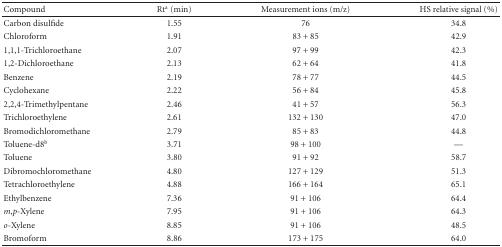
<table><thead><tr><td><b>Compound</b></td><td><b>Rt<sup>a</sup> (min)</b></td><td><b>Measurement ions (m/z)</b></td><td><b>HS relative signal (%)</b></td></tr></thead><tbody><tr><td>Carbon disulfide</td><td>1.55</td><td>76</td><td>34.8</td></tr><tr><td>Chloroform</td><td>1.91</td><td>83 + 85</td><td>42.9</td></tr><tr><td>1,1,1-Trichloroethane</td><td>2.07</td><td>97 + 99</td><td>42.3</td></tr><tr><td>1,2-Dichloroethane</td><td>2.13</td><td>62 + 64</td><td>41.8</td></tr><tr><td>Benzene</td><td>2.19</td><td>78 + 77</td><td>44.5</td></tr><tr><td>Cyclohexane</td><td>2.22</td><td>56 + 84</td><td>45.8</td></tr><tr><td>2,2,4-Trimethylpentane</td><td>2.46</td><td>41 + 57</td><td>56.3</td></tr><tr><td>Trichloroethylene</td><td>2.61</td><td>132 + 130</td><td>47.0</td></tr><tr><td>Bromodichloromethane</td><td>2.79</td><td>85 + 83</td><td>44.8</td></tr><tr><td>Toluene-d8<sup>b</sup></td><td>3.71</td><td>98 + 100</td><td>—</td></tr><tr><td>Toluene</td><td>3.80</td><td>91 + 92</td><td>58.7</td></tr><tr><td>Dibromochloromethane</td><td>4.80</td><td>127 + 129</td><td>51.3</td></tr><tr><td>Tetrachloroethylene</td><td>4.88</td><td>166 + 164</td><td>65.1</td></tr><tr><td>Ethylbenzene</td><td>7.36</td><td>91 + 106</td><td>64.4</td></tr><tr><td><i>m</i>,<i>p</i>-Xylene</td><td>7.95</td><td>91 + 106</td><td>64.3</td></tr><tr><td><i>o</i>-Xylene</td><td>8.85</td><td>91 + 106</td><td>48.5</td></tr><tr><td>Bromoform</td><td>8.86</td><td>173 + 175</td><td>64.0</td></tr></tbody></table>